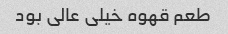
طعم قهوه خیلى عالى بود